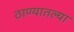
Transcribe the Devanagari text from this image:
ठाण्यातल्या